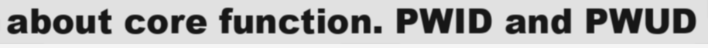
about core function. PWID and PWUD